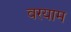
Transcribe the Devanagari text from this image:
वरयाम